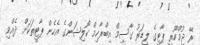
ރޭ ޖުމްހޫރީ ޕާޓީގެ ލީޑަރު ގާސިމް އިބްރާހިމް ކޯލިޝަންގެ އެހެން ޕާޓީތަކަށް ދެއްވި